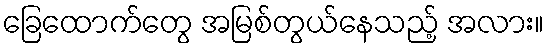
ခြေထောက်တွေ အမြစ်တွယ်နေသည့် အလား။